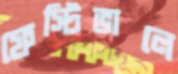
ফেস্টিভালে